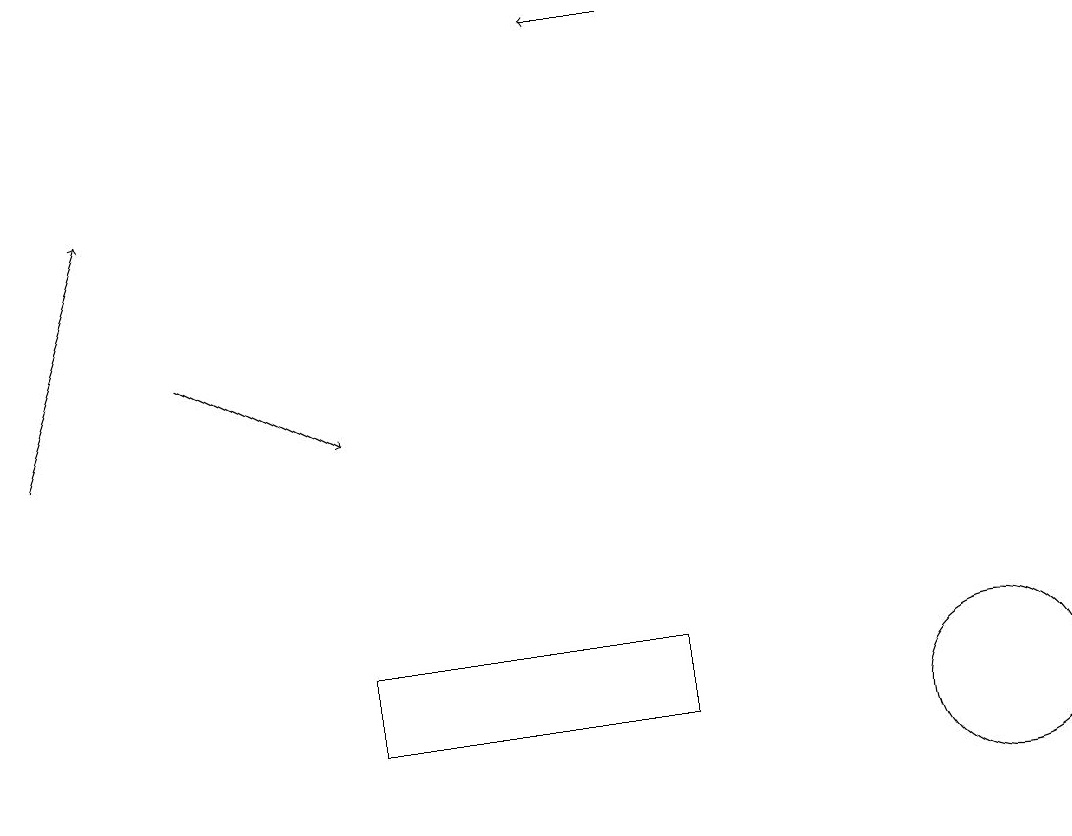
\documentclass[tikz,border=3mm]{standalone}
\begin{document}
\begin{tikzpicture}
\draw[->] (0,14) -- (1,17);
\draw (12,10) circle (1);
\draw[->] (8,19) -- (7,19);
\draw[->] (2,15) -- (4,14);
\draw (4,11) rectangle (8,10);
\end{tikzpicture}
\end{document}